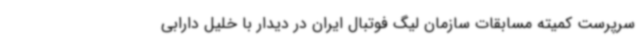
سرپرست کمیته مسابقات سازمان لیگ فوتبال ایران در دیدار با خلیل دارابی